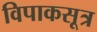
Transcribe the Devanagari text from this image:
विपाकसूत्र